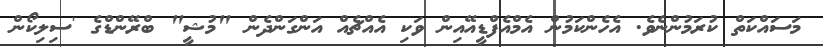
މަސައްކަތް ކުރަމުންނެވެ. އެހެންކަމުން އެމްއެފްޑީއޭއިން ވަކި އެއްޗެއް އަންގަންދެން "މުޝީ" ބްރޭންޑްގެ 'ސިލިކޯން